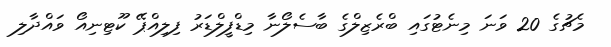
މެޗުގެ 20 ވަނަ މިނެޓުގައި ބްރެޒިލްގެ ބާސެލޯނާ މިޑްފީލްޑަރު ފިލިއްޕޭ ކޫޓިނިއޯ ވައްދާލި